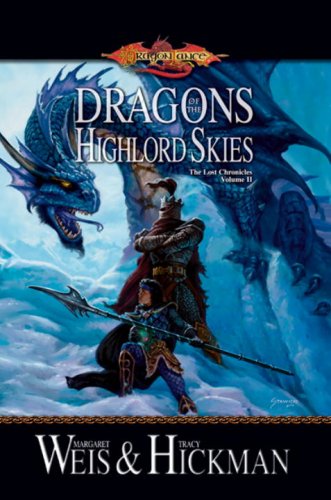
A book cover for Dragons of the Highlord Skies (Dragonlance: The Lost Chronicles, Book 2); Margaret Weis; Science Fiction & Fantasy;